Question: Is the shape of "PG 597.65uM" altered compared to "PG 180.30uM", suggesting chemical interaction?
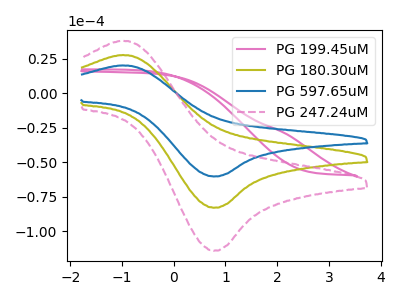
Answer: <think>The pink curve "PG 199.45uM" has no peaks. The olive curve "PG 180.30uM" has an anodic peak at (-1.00V, 27.55uA) and a cathodic peak at (0.75V, -82.80uA). The blue curve "PG 597.65uM" has an anodic peak at (-1.00V, 20.00uA) and a cathodic peak at (0.75V, -60.20uA). The pink dashed curve "PG 247.24uM" has an anodic peak at (-1.00V, 55.05uA) and a cathodic peak at (0.75V, -165.60uA).
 All the peaks in "PG 597.65uM" have a peak in "PG 180.30uM" at the same potential. Every peak in "PG 597.65uM" is lower than every peak in "PG 180.30uM".</think>
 <answer>No, "PG 597.65uM" and "PG 180.30uM" don't appear to be significantly different in shape</answer>
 <eval>no_change</eval>